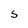
Character: S